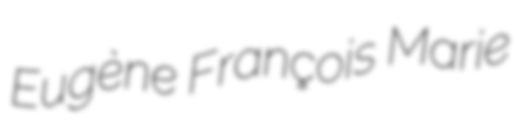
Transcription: Eugène François Marie